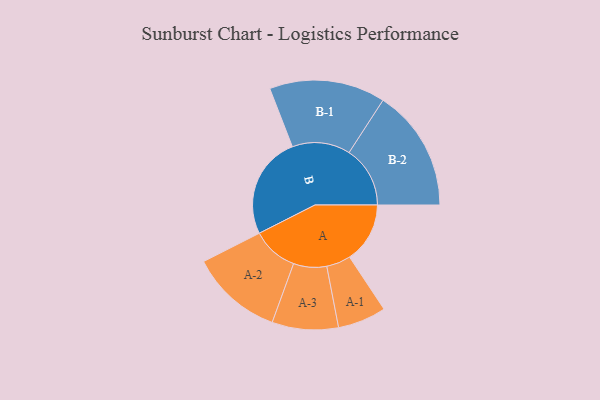
{"axis": {"x": "Segment", "y": "Value"}, "legend": ["", "A", "B"], "data": [{"x": "A", "y": 279, "type": ""}, {"x": "B", "y": 473, "type": ""}, {"x": "A-1", "y": 112, "type": "A"}, {"x": "A-2", "y": 213, "type": "A"}, {"x": "A-3", "y": 153, "type": "A"}, {"x": "B-1", "y": 268, "type": "B"}, {"x": "B-2", "y": 282, "type": "B"}]}